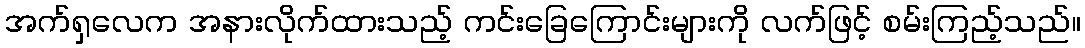
အက်ရှလေက အနားလိုက်ထားသည့် ကင်းခြေကြောင်းများကို လက်ဖြင့် စမ်းကြည့်သည်။